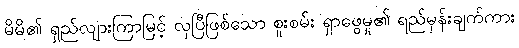
မိမိ၏ ရှည်လျားကြာမြင့် လှပြီဖြစ်သော စူးစမ်း ရှာဖွေမှု၏ ရည်မှန်းချက်ကား